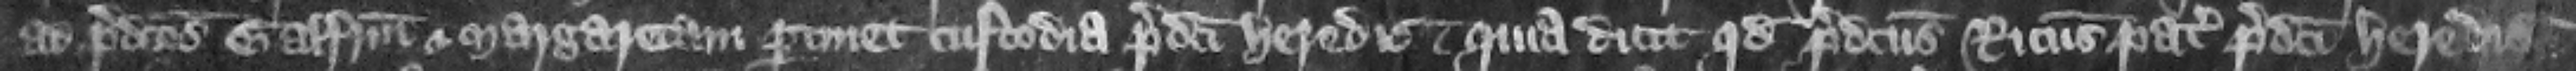
ad predictos Galfridum et Margaretam pertinet custodia predicti heredis. Quia dicit quod predictus Ricardus pater predicti heredis